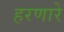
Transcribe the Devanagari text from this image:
हरणारे